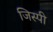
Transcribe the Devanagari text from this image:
जिस्पी